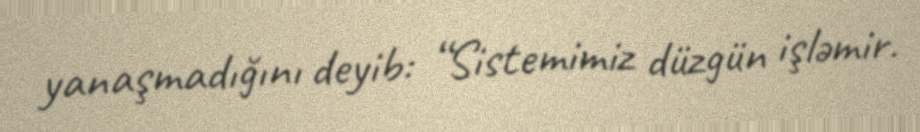
yanaşmadığını deyib: “Sistemimiz düzgün işləmir.